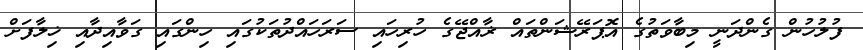
ފުލުހުން ގެންދަނީ މިބާވަތުގެ އޮޕަރޭޝަންތައް ޜާއްޖޭގެ ހުރިހައި ސަރަހައްދުތަކުގައި ހިންގައި ގަވާއިދާއި ޚިލާފަށް